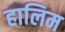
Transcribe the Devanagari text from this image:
हालिम